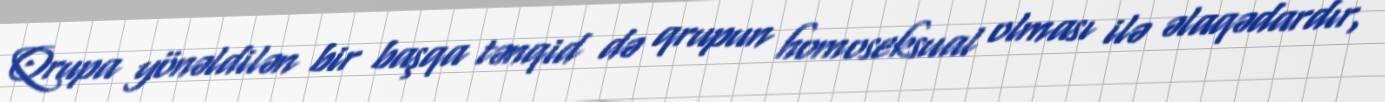
Qrupa yönəldilən bir başqa tənqid də qrupun homoseksual olması ilə əlaqədardır,